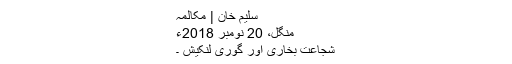
سلیم خان | مکالمہ
منگل، 20 نومبر 2018ء
شجاعت بخاری اور گوری لنکیش ۔